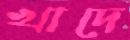
খাদে